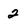
Character: 2